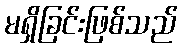
မရှိခြင်းဖြစ်သည်